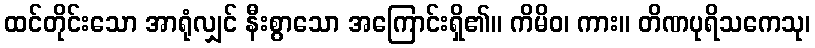
ထင်တိုင်းသော အာရုံလျှင် နီးစွာသော အကြောင်းရှိ၏။ ကိမိဝ၊ ကား။ တိဏပုရိသကေသု၊